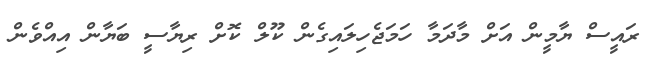
ރައީސް ޔާމީން އަށް މާދަމާ ހަމަޖެހިލައިގެން ކޫލް ކޮށް ރިޔާސީ ބަޔާން އިއްވެން